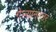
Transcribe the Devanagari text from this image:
गेल्यानंततर